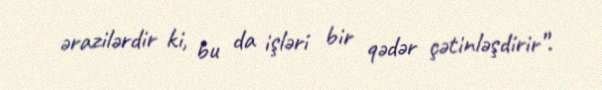
ərazilərdir ki, bu da işləri bir qədər çətinləşdirir”.